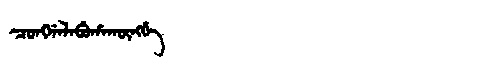
Manchu: ᠴᠣᠩᡤᠠᠯᠠᠪᡠᡥᠠᡴᡡᠩᡤᡝ
Romanization: CONGGALABUHAKŪNGGE